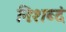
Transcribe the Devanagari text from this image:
निःशब्दं